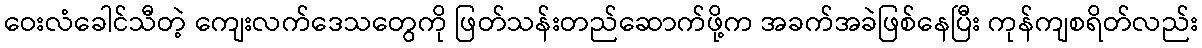
ဝေးလံခေါင်သီတဲ့ ကျေးလက်ဒေသတွေကို ဖြတ်သန်းတည်ဆောက်ဖို့က အခက်အခဲဖြစ်နေပြီး ကုန်ကျစရိတ်လည်း